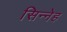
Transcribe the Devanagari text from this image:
सिन्नेह